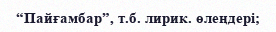
“Пайғамбар”, т.б. лирик. өлеңдері;